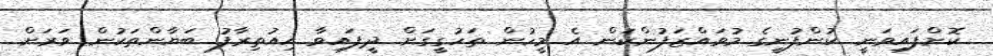
ކޮށްފައިވަނީ ކުންފުނީގެ މުވައްޒަފުންކަން އެ މީހުން ތަހުގީގަށް ދީފައިވާ އިއުތިރާފު ބަޔާންތަކުން ވަރަށް